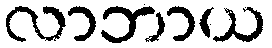
လာဘာယ